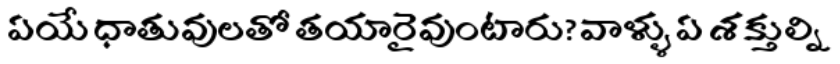
ఏయే ధాతువులతో తయారైవుంటారు? వాళ్ళు ఏ శక్తుల్ని